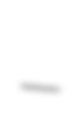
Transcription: –